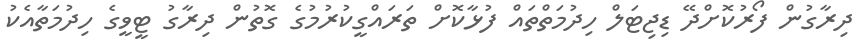
ދިރާގުން ފޯރުކޮށްދޭ ޑިޖިޓަލް ހިދުމަތްތައް ފުޅާކޮށް ތަރައްގީކުރުމުގެ ގޮތުން ދިރާގު ޓީވީގެ ހިދުމަތާއެކު